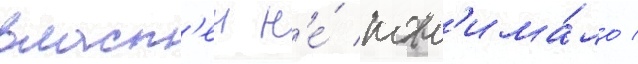
власт'еи н'е́ пон'има́ло /